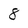
Character: 8